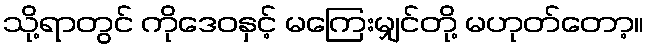
သို့ရာတွင် ကိုဒေဝနှင့် မကြေးမျှင်တို့ မဟုတ်တော့။